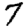
Digit: 7